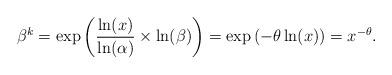
LaTeX: \begin{align*}\beta^k=\exp\left(\frac{\ln(x)}{\ln(\alpha)}\times \ln(\beta)\right)=\exp\left(-\theta \ln(x) \right) = x^{-\theta} .\end{align*}